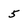
Character: 5